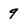
Character: 9